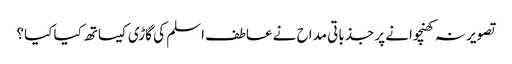
تصویر نہ کھنچوانے پر جذباتی مداح نے عاطف اسلم کی گاڑی کیساتھ کیا کیا؟